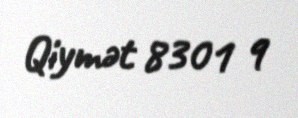
Qiymət 8301 q